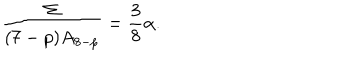
\frac { \Sigma } { ( 7 - p ) A _ { 8 - p } } = \frac { 3 } { 8 } \alpha .